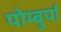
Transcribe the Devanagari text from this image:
पोम्बुर्पा